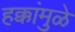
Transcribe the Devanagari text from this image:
हक्कांमुळे